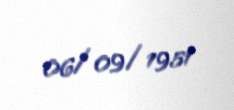
06/09/1951